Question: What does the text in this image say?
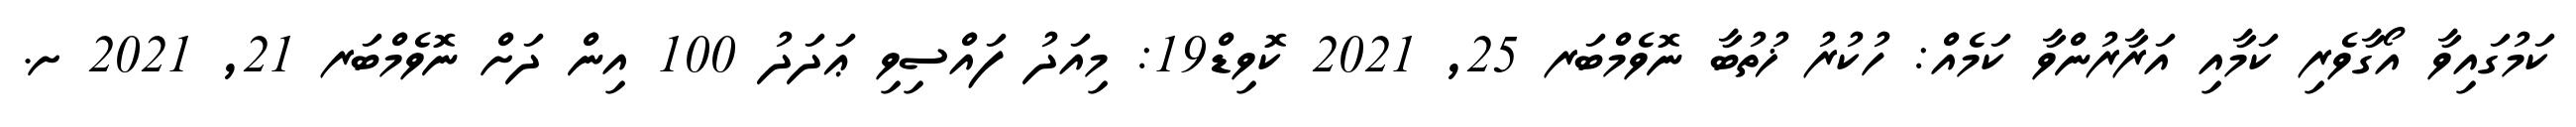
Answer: ކަމުގައިވާ އޯގާވެރި ކަމާއި އަރާރުންވާ ކަމެއް: ހުކުރު ޚުތުބާ ނޮވެމްބަރ 25, 2021 ކޮވިޑް19: މިއަދު ފައްސިވި ޢަދަދު 100 އިން ދަށް ނޮވެމްބަރ 21, 2021 ށ.